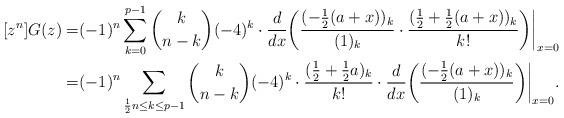
LaTeX: \begin{align*}[z^n]G(z)=&(-1)^n\sum_{k=0}^{p-1}\binom{k}{n-k}(-4)^k\cdot\frac{d}{dx}\bigg(\frac{(-\frac12(a+x))_k}{(1)_k}\cdot\frac{(\frac12+\frac12(a+x))_k}{k!}\bigg)\bigg|_{x=0}\\=&(-1)^n\sum_{\frac 12n\leq k\leq p-1}\binom{k}{n-k}(-4)^k\cdot\frac{(\frac12+\frac12a)_k}{k!}\cdot\frac{d}{dx}\bigg(\frac{(-\frac12(a+x))_k}{(1)_k}\bigg)\bigg|_{x=0}.\end{align*}